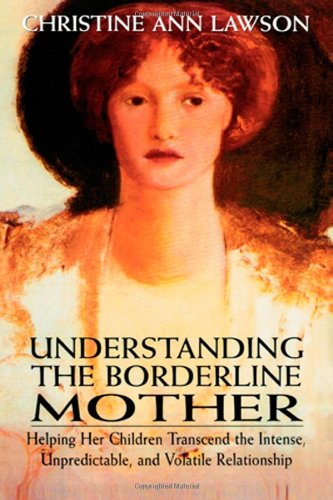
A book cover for Understanding the Borderline Mother: Helping Her Children Transcend the Intense, Unpredictable, and Volatile Relationship; Christine Ann Lawson; Medical Books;